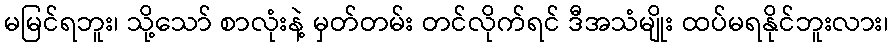
မမြင်ရဘူး၊ သို့သော် စာလုံးနဲ့ မှတ်တမ်း တင်လိုက်ရင် ဒီအသံမျိုး ထပ်မရနိုင်ဘူးလား၊